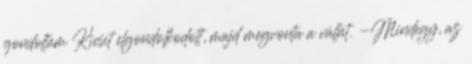
gondoltam Kicsit elgondolkodott, majd megvonta a vállát. -Mindegy, az